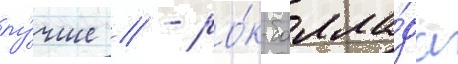
лу́чше // - ро́к-балла́да